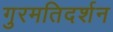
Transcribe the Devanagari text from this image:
गुरमतिदर्शन